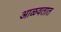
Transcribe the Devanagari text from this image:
आळवतात